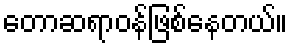
တောဆရာဝန်ဖြစ်နေတယ်။